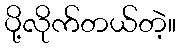
ပို့လိုက်တယ်တဲ့။